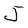
Character: J